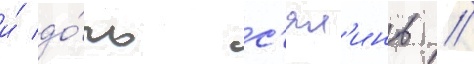
и́ до́чь с'ял'инь //